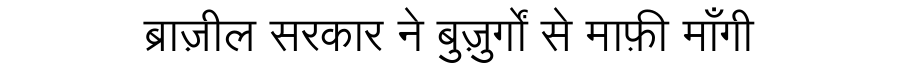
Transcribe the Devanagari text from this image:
ब्राज़ील सरकार ने बुज़ुर्गों से माफ़ी माँगी